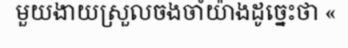
មួយងាយស្រួលចងចាំយ៉ាងដូច្នេះថា «